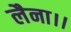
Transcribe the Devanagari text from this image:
लैना।।